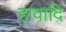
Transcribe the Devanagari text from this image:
हावादि